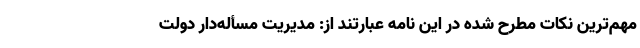
مهم‌ترین نکات مطرح شده در این نامه عبارتند از: مدیریت مسأله‌دار دولت